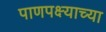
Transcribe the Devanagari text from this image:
पाणपक्ष्याच्या